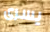
يسرى